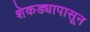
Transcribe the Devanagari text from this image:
शेकड्यापासून